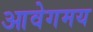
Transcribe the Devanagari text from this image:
आवेगमय